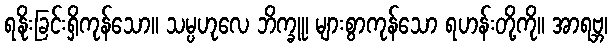
ရနိုးခြင်းရှိကုန်သော။ သမ္ပဟုလေ ဘိက္ခူ၊ များစွာကုန်သော ရဟန်းတို့ကို။ အာရဗ္ဘ၊